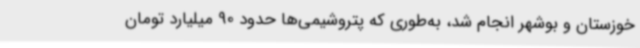
خوزستان و بوشهر انجام شد، به‌طوری که پتروشیمی‌ها حدود 90 میلیارد تومان